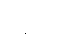
နေဝိဓ